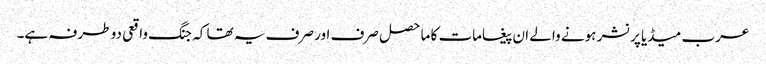
عرب میڈیا پرنشر ہونے والے ان پیغامات کا ماحصل صرف اور صرف یہ تھا کہ جنگ واقعی دو طرفہ ہے۔